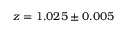
z = 1 . 0 2 5 \pm 0 . 0 0 5